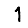
Digit: 1